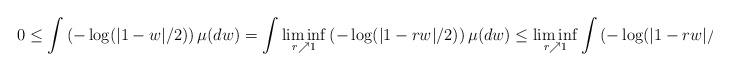
LaTeX: \begin{align*}0\le\int \left(-\log(|1-w|/2)\right)\mu(dw)= \int\liminf_{r\nearrow1}\left(-\log(|1-rw|/2)\right)\mu(dw)\le \liminf_{r\nearrow 1}\int\left(-\log(|1-rw|/2)\right)\mu(dw)<\infty. \end{align*}